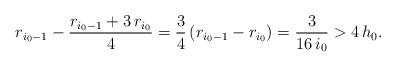
LaTeX: \begin{align*}r_{i_0-1}-\frac{r_{i_0-1}+3\,r_{i_0}}{4}=\frac{3}{4}\,(r_{i_0-1}-r_{i_0})=\frac{3}{16\,i_0}>4\,h_0.\end{align*}